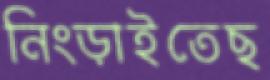
নিংড়াইতেছ